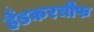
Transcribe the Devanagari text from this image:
हैंडकरचीफ